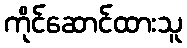
ကိုင်ဆောင်ထားသူ